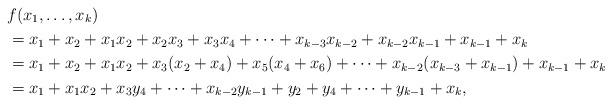
LaTeX: \begin{align*}&f(x_1,\ldots,x_k)\\&=x_1+x_2+x_1x_2+x_2x_3+x_3x_4+\cdots +x_{k-3}x_{k-2}+x_{k-2}x_{k-1}+x_{k-1}+x_k\\&=x_1+x_2+x_1x_2+x_3(x_2+x_4)+x_5(x_4+x_6)+\cdots+x_{k-2}(x_{k-3}+x_{k-1})+x_{k-1}+x_k\\&=x_1+x_1x_2+x_3y_4+\cdots+x_{k-2}y_{k-1}+y_2+y_4+\cdots+y_{k-1}+x_k,\end{align*}